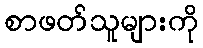
စာဖတ်သူများကို